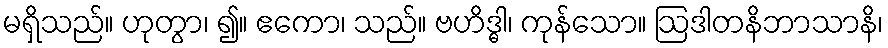
မရှိသည်။ ဟုတွာ၊ ၍။ ဧကော၊ သည်။ ဗဟိဒ္ဓါ၊ ကုန်သော။ ဩဒါတနိဘာသာနိ၊